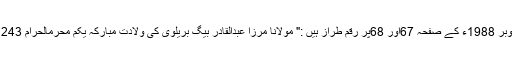
مرزا عبدالوحید بیگ بریلوی اپنے دادا جان کے بارے میں ماہ نامہ حجاز جدید دہلی کے شمارہ اکتوبر 1988ء کے صفحہ 67اور 68پر رقم طراز ہیں :" مولانا مرزا عبدالقادر بیگ بریلوی کی ولادتِ مبارکہ یکم محرمالحرام 1243ھ بمطابق 25 جولائی 1827ء کو ہوئی ، آپ متقی ، پرہیزگار اور مشہور و معروف عالم تھے۔